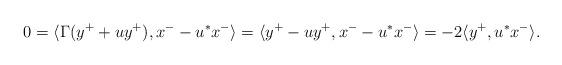
LaTeX: \begin{align*} 0 &= \langle \Gamma(y^+ + u y^+), x^- - u^* x^-\rangle = \langle y^+ - u y^+, x^- - u^* x^- \rangle = - 2\langle y^+, u^* x^-\rangle.\end{align*}